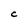
Character: C